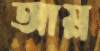
আম্ল